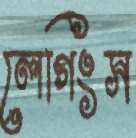
লেগিংস